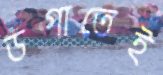
ডগাতেই